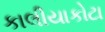
કાલીયાકોટા